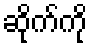
ဆိုက်ကို